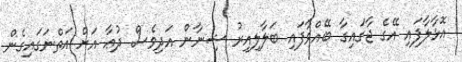
އޮޅާލާފައި އޭގެ ޖާގައިގާ ބޭއްވާފައި ބަލާލިއިރު ޝިނާން އަދިވެސް ދުޢާ އަށް އަތްނަގައިގެން